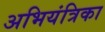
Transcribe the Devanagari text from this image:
अभियंत्रिका